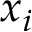
x _ { i }